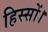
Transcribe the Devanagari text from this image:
हिस्सों।